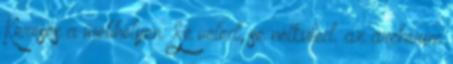
Keresés a webhelyen: Se veled, se nélküled. az archívum